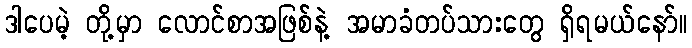
ဒါပေမဲ့ တို့မှာ လောင်စာအဖြစ်နဲ့ အမာခံတပ်သားတွေ ရှိရမယ်နော်။